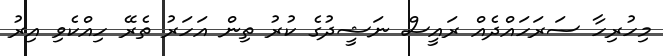
މިހުރިހާ ސަރަހައްދެއް ރައީސް ނަޝީދުގެ ކުރު ތިން އަހަރު ތެރޭ ހިއްކެވި އިރު